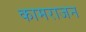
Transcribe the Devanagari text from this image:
कामराजन